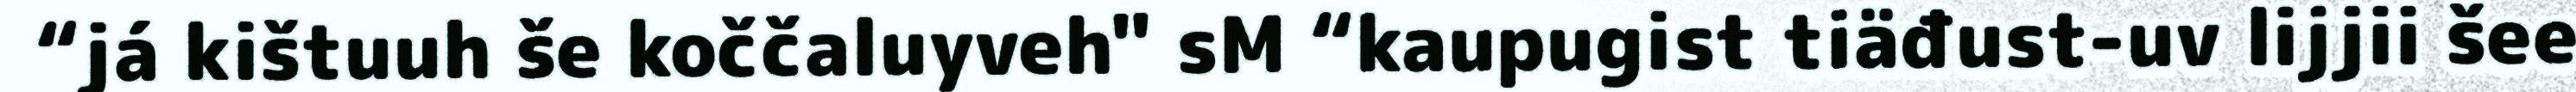
“já kištuuh še koččaluyveh" sM “kaupugist tiäđust-uv lijjii šee